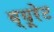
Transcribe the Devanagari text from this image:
व्यूरेट